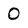
Character: 0